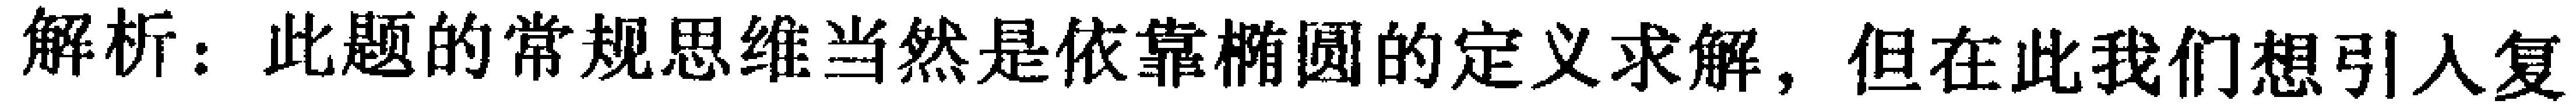
解析：此题的常规思维当然是依靠椭圆的定义求解，但在此我们想引入复